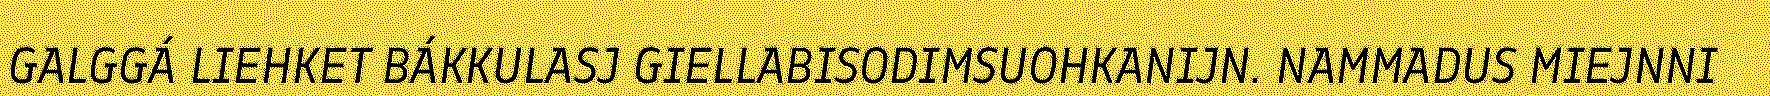
GALGGÁ LIEHKET BÁKKULASJ GIELLABISODIMSUOHKANIJN. NAMMADUS MIEJNNI